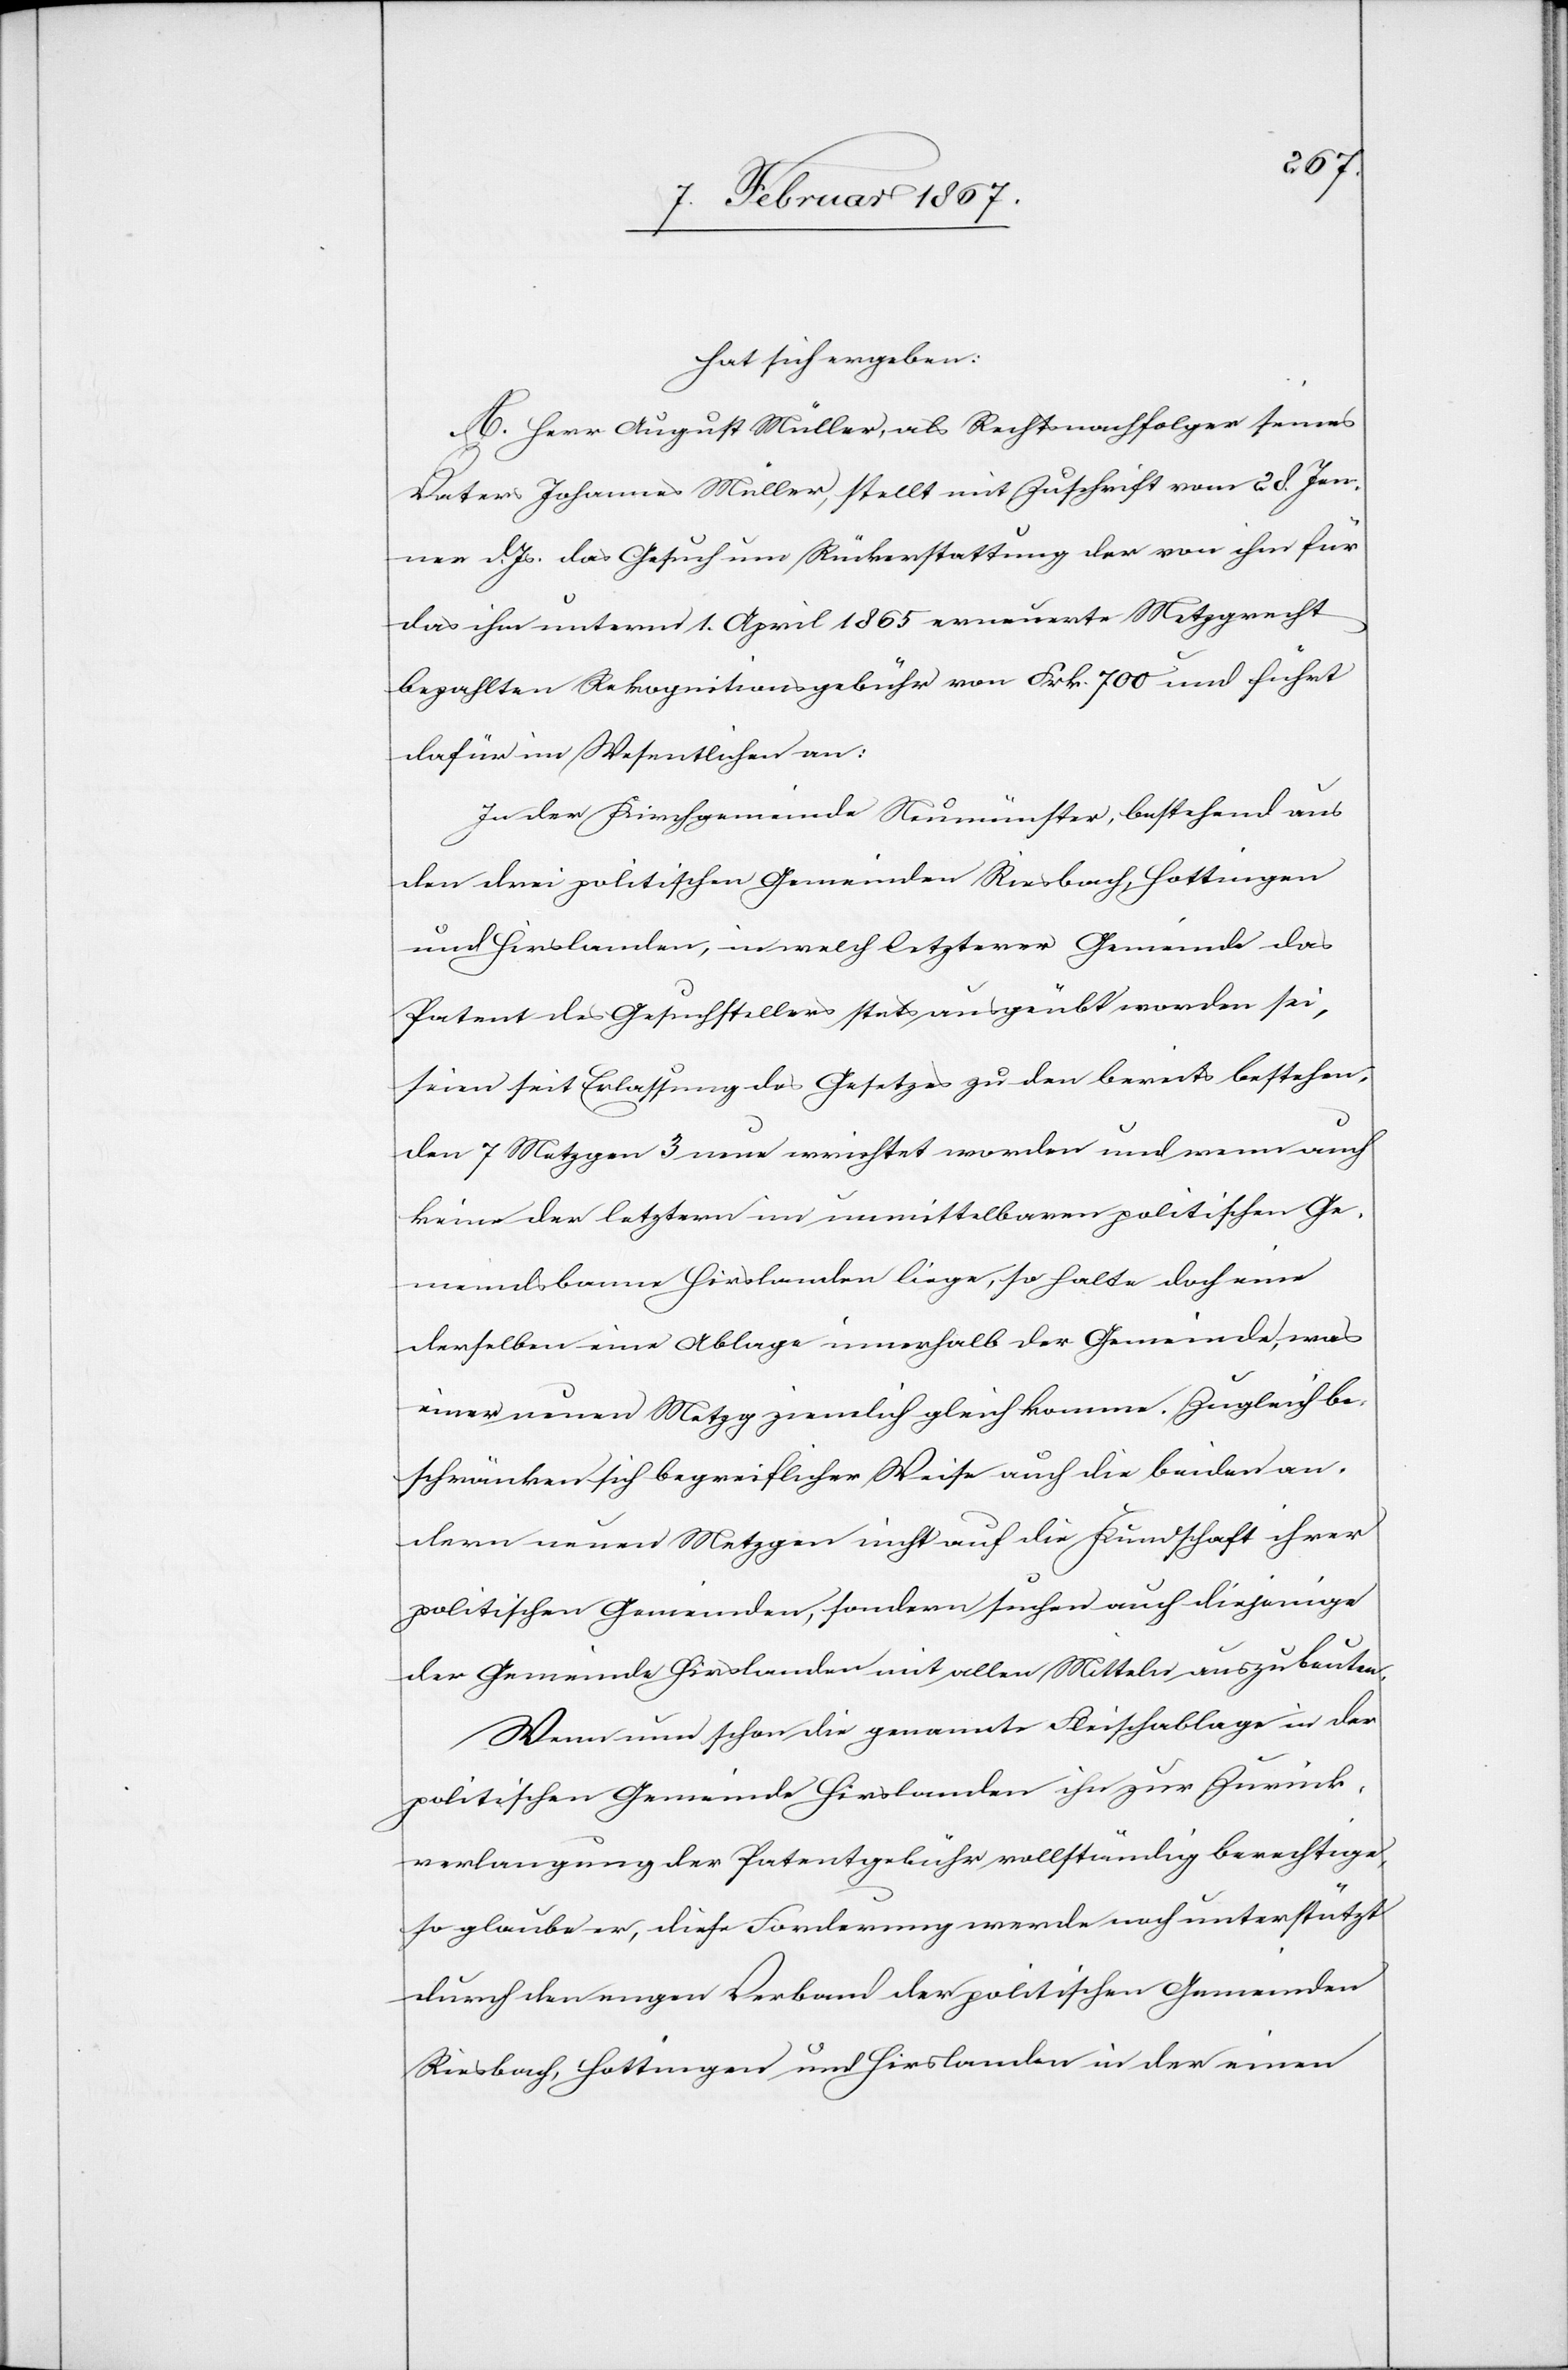
hat sich ergeben:
A. Herr August Müller, als Rechtsnachfolger seines
Vaters Johannes Müller, stellt mit Zuschrift vom 28. Jen¬
ner d. Js. das Gesuch um Rückerstattung der von ihm für
das ihm unterm 1. April 1865 erneuerte Metzgrecht
bezahlten Rekognitionsgebühr von Frk. 700 und führt
dafür im Wesentlichen an:
In der Kirchgemeinde Neumünster, bestehend aus
den drei politischen Gemeinden Riesbach, Hottingen
und Hirslanden, in welch letzterer Gemeinde das
Patent des Gesuchstellers stets ausgeübt worden sei,
seien seit Erlassung des Gesetzes zu den bereits bestehen¬
den 7 Metzgen 3 neue errichtet worden und wenn auch
keine der letztern im unmittelbaren politischen Ge¬
meindsbanne Hirslanden liege, so halte doch eine
derselben eine Ablage innerhalb der Gemeinde, was
einer neuen Metzg ziemlich gleich komme. Zugleich be¬
schränken sich begreiflicher Weise auch die beiden an¬
dern neuen Metzgen nicht auf die Kundschaft ihrer
politischen Gemeinden, sondern suchen auch diejenige
der Gemeinde Hirslanden mit allen Mitteln auszubeuten.
Wenn nun schon die genannte Fleischablage in der
politischen Gemeinde Hirslanden ihn zur Zurück¬
verlangung der Patentgebühr vollständig berechtige,
so glaube er, diese Forderung werde auch unterstützt
durch den engen Verband der politischen Gemeinden
Riesbach, Hottingen und Hirslanden in der einen